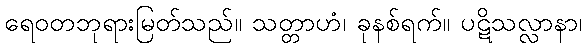
ရေဝတဘုရားမြတ်သည်။ သတ္တာဟံ၊ ခုနစ်ရက်။ ပဋိသလ္လာနာ၊